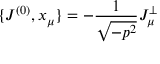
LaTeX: \{ J ^ { ( 0 ) } , x _ { \mu } \} = - \frac { 1 } { \sqrt { - p ^ { 2 } } } J _ { \mu } ^ { \bot }